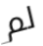
لم